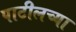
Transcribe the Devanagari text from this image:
पाटीलच्या